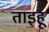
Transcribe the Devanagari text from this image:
ताइहू